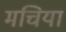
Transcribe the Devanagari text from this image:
मचिया